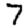
Digit: 7